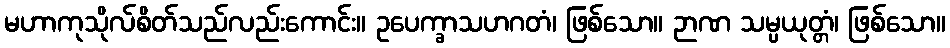
မဟာကုသိုလ်စိတ်သည်လည်းကောင်း။ ဥပေက္ခာသဟဂတံ၊ ဖြစ်သော။ ဉာဏ သမ္ပယုတ္တံ၊ ဖြစ်သော။